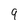
Character: 9